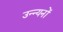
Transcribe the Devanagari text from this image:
उन्न्यनों